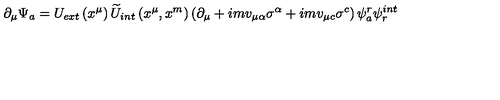
\partial _ { \mu } \Psi _ { a } = U _ { e x t } \left( x ^ { \mu } \right) \widetilde { U } _ { i n t } \left( x ^ { \mu } , x ^ { m } \right) \left( \partial _ { \mu } + i m v _ { \mu \alpha } \sigma ^ { \alpha } + i m v _ { \mu c } \sigma ^ { c } \right) \psi _ { a } ^ { r } \psi _ { r } ^ { i n t }